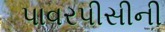
પાવરપીસીની